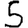
Digit: 5